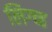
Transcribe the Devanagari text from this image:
लिग्च्ह